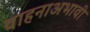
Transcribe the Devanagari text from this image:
वाहनाअभावी